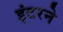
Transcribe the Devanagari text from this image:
इंटरने